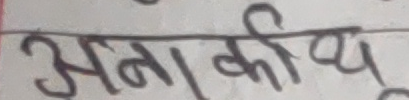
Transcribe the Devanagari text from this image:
अनाकी द्य